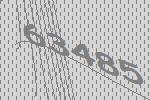
63485